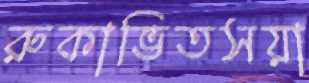
রুকাভিতসয়া